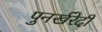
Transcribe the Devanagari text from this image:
पुनर्खरेदी